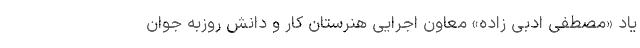
‌یاد «مصطفی ادبی زاده» معاون اجرایی هنرستان کار و دانش روزبه جوان